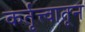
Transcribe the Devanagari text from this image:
कर्तृत्त्वातून